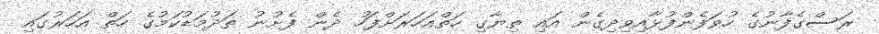
ރަސްގެފާނުގެ ހުވަފެންފުޅާއިވިދިގެން އައި ތިޔާގި ހަތްއަހަރަށްފަހު ދެން ފެށުނު ތަދުމަޑުކަމުގެ ހަތް އަހަރުގައި